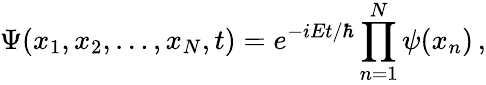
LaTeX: \Psi(x_{1},x_{2},\ldots,x_{N},t)=e^{-i{Et/\hbar}}\prod_{n=1}^{N}\psi(x_{n})\, ,